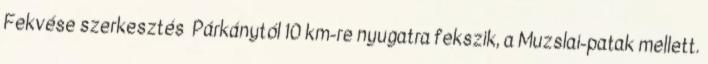
Fekvése szerkesztés Párkánytól 10 km-re nyugatra fekszik, a Muzslai-patak mellett.